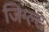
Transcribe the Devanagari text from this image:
जिग्ल्ट